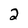
Character: 2